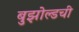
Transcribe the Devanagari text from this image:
बुझोल्डची